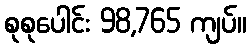
စုစုပေါင်း 98,765 ကျပ်။